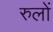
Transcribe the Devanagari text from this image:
रुलों